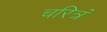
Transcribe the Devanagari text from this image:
चरित्रं